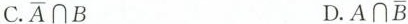
C. \overline{A}\cap B D. A \cap \overline{B}